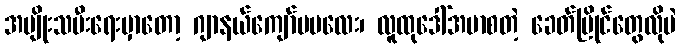
အမျိုးသမီးရေးမှာတော့ ဂျာနယ်ကျော်မမလေး၊ လူထုဒေါ်အမာစတဲ့ ခေတ်ပြိုင်တွေလိုပဲ